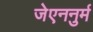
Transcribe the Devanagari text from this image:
जेएननुर्म